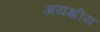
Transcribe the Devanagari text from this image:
अयज्ञीय